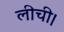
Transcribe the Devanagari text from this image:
लीची।